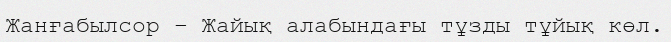
Жанғабылсор – Жайық алабындағы тұзды тұйық көл.